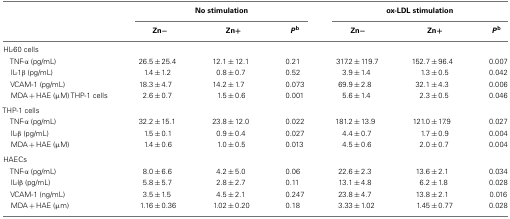
<table><thead><tr><td></td><td colspan="3"><b>No stimulation</b></td><td colspan="3"><b>ox-LDL stimulation</b></td></tr><tr><td></td><td><b>Zn−</b></td><td><b>Zn+</b></td><td><b><i>P</i><sup>b</sup></b></td><td><b>Zn−</b></td><td><b>Zn+</b></td><td><b><i>P</i><sup>b</sup></b></td></tr></thead><tbody><tr><td>HL-60 cells</td></tr><tr><td> TNF-α (pg/mL)</td><td>26.5 ± 25.4</td><td>12.1 ± 12.1</td><td>0.21</td><td>317.2 ± 119.7</td><td>152.7 ± 96.4</td><td>0.007</td></tr><tr><td> IL-1β (pg/mL)</td><td>1.4 ± 1.2</td><td>0.8 ± 0.7</td><td>0.52</td><td>3.9 ± 1.4</td><td>1.3 ± 0.5</td><td>0.042</td></tr><tr><td> VCAM-1 (pg/mL)</td><td>18.3 ± 4.7</td><td>14.2 ± 1.7</td><td>0.073</td><td>69.9 ± 2.8</td><td>32.1 ± 4.3</td><td>0.006</td></tr><tr><td> MDA + HAE (μM) THP-1 cells</td><td>2.6 ± 0.7</td><td>1.5 ± 0.6</td><td>0.001</td><td>5.6 ± 1.4</td><td>2.3 ± 0.5</td><td>0.046</td></tr><tr><td>THP-1 cells</td></tr><tr><td> TNF-α (pg/mL)</td><td>32.2 ± 15.1</td><td>23.8 ± 12.0</td><td>0.022</td><td>181.2 ± 13.9</td><td>121.0 ± 17.9</td><td>0.027</td></tr><tr><td> IL-β (pg/mL)</td><td>1.5 ± 0.1</td><td>0.9 ± 0.4</td><td>0.027</td><td>4.4 ± 0.7</td><td>1.7 ± 0.9</td><td>0.004</td></tr><tr><td> MDA + HAE (μM)</td><td>1.4 ± 0.6</td><td>1.0 ± 0.5</td><td>0.013</td><td>4.5 ± 0.6</td><td>2.0 ± 0.7</td><td>0.004</td></tr><tr><td>HAECs</td></tr><tr><td> TNF-α (pg/mL)</td><td>8.0 ± 6.6</td><td>4.2 ± 5.0</td><td>0.06</td><td>22.6 ± 2.3</td><td>13.6 ± 2.1</td><td>0.034</td></tr><tr><td> IL-lβ (pg/mL)</td><td>5.8 ± 5.7</td><td>2.8 ± 2.7</td><td>0.11</td><td>13.1 ± 4.8</td><td>6.2 ± 1.8</td><td>0.028</td></tr><tr><td> VCAM-1 (ng/mL)</td><td>3.5 ± 1.5</td><td>4.5 ± 2.1</td><td>0.247</td><td>23.8 ± 4.7</td><td>13.8 ± 2.1</td><td>0.016</td></tr><tr><td> MDA + HAE (μm)</td><td>1.16 ± 0.36</td><td>1.02 ± 0.20</td><td>0.18</td><td>3.33 ± 1.02</td><td>1.45 ± 0.77</td><td>0.028</td></tr></tbody></table>